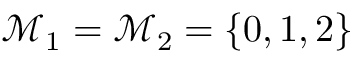
\mathcal { M } _ { 1 } = \mathcal { M } _ { 2 } = \{ 0 , 1 , 2 \}